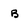
Character: B